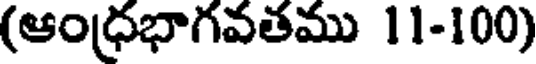
(ఆంధ్రభాగవతము 11-100)